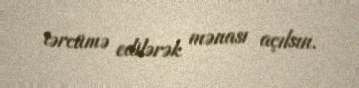
tərcümə edilərək mənası açılsın.